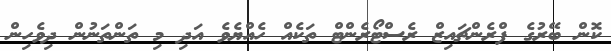
ކޮން ބޭރުގެ ފްރެންޗައިޒް ރެސްޓޯރެންޓް ތަކެއް ހެއްޔެވެ އަދި މި ތަންތަނުން ދިވެހިން